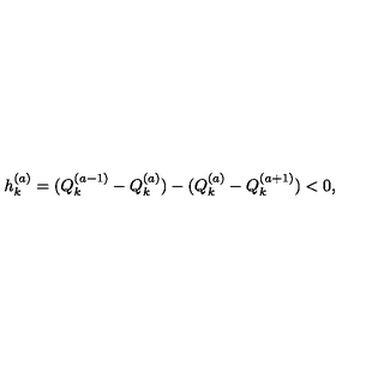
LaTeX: h _ { k } ^ { ( a ) } = ( Q _ { k } ^ { ( a - 1 ) } - Q _ { k } ^ { ( a ) } ) - ( Q _ { k } ^ { ( a ) } - Q _ { k } ^ { ( a + 1 ) } ) < 0 ,